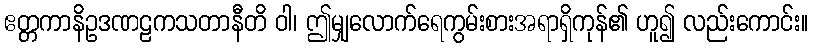
ဧတ္တကာနိဥဒဏဠကသတာနီတိ ဝါ၊ ဤမျှလောက်ရေကွမ်းစားအရာရှိကုန်၏ ဟူ၍ လည်းကောင်း။